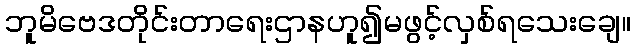
ဘူမိဗေဒတိုင်းတာရေးဌာနဟူ၍မဖွင့်လှစ်ရသေးချေ။